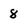
Character: 8